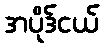
အပိုဒ်ငယ်